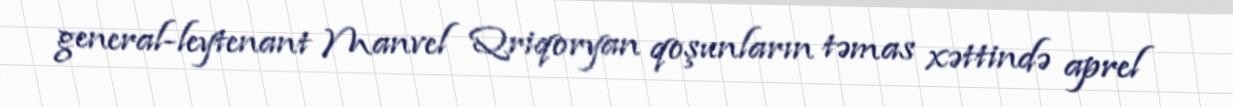
general-leytenant Manvel Qriqoryan qoşunların təmas xəttində aprel